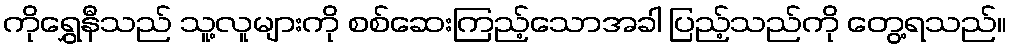
ကိုရွှေနီသည် သူ့လူများကို စစ်ဆေးကြည့်သောအခါ ပြည့်သည်ကို တွေ့ရသည်။